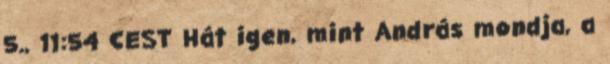
5., 11:54 CEST Hát igen, mint András mondja, a